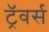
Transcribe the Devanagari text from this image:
ट्रॅवर्स